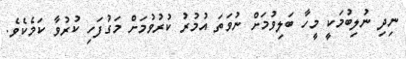
ނިދި ނުލިބުމަކީ މީހާ ބަލިވުމަށް ނުވަތަ އުމުރު ކުރުވުމަށް މަގުފަހި ކުރުވާ ކަމެކެވެ.